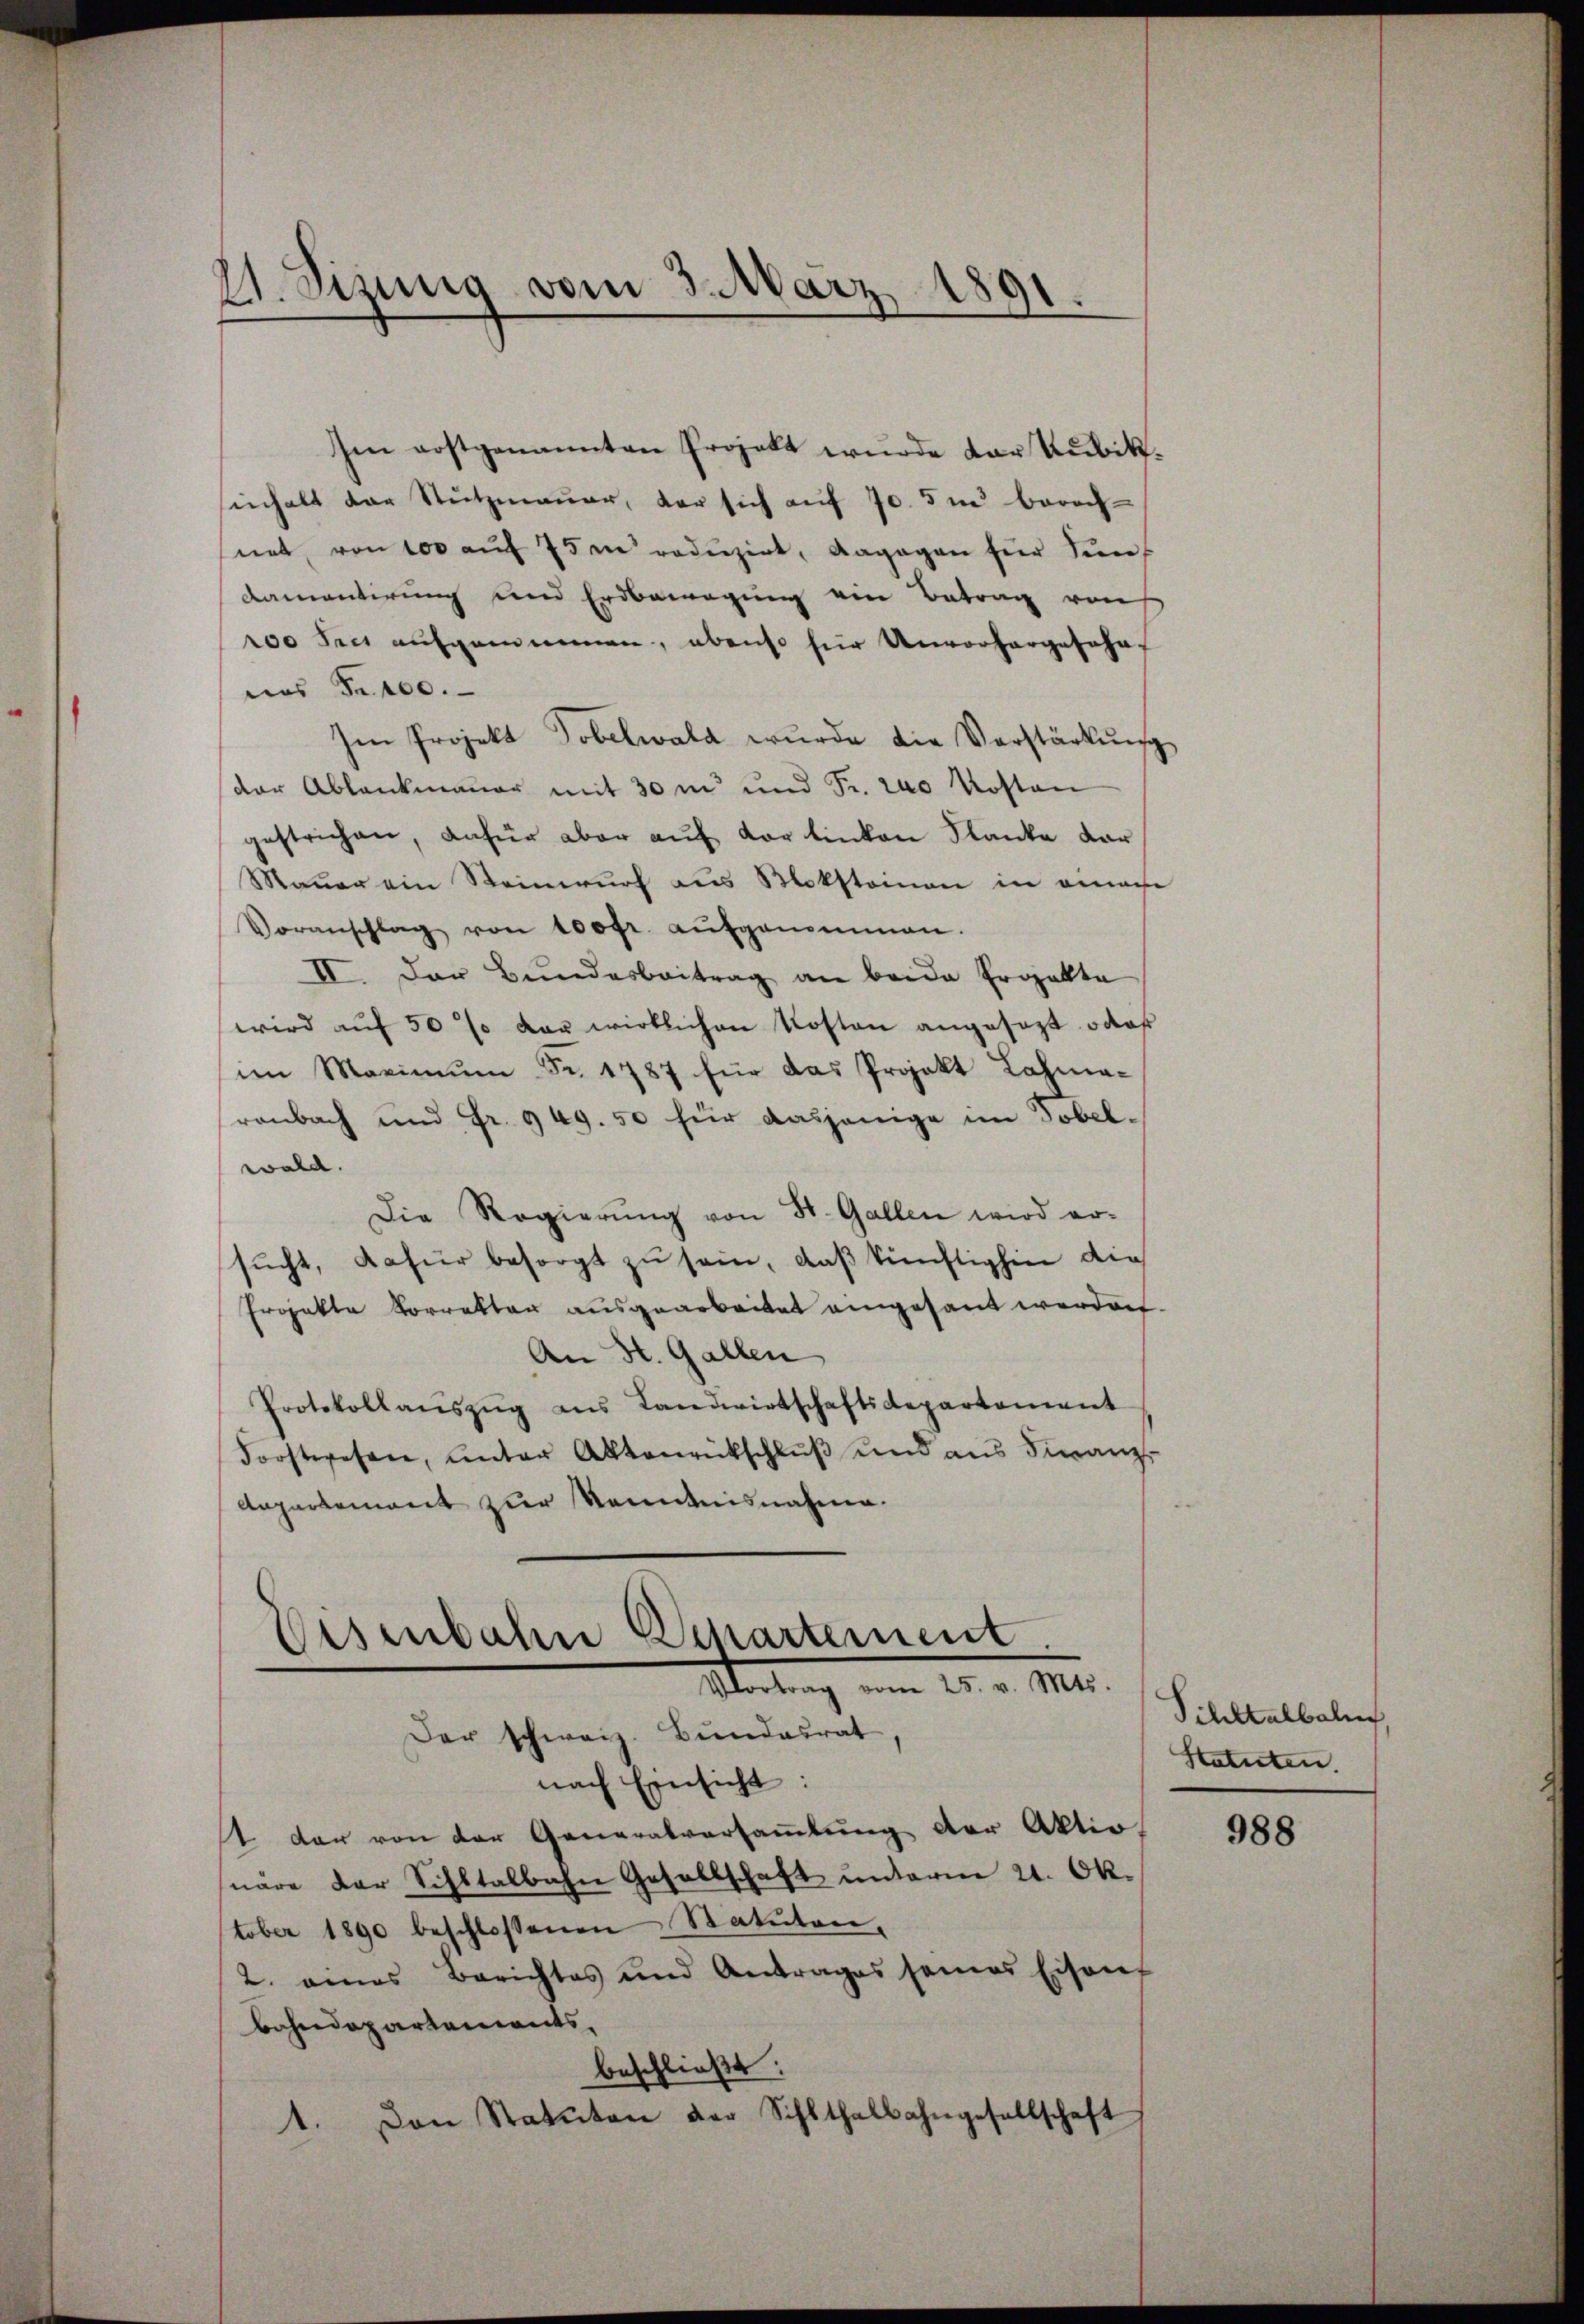
21. Sizung vom 3. März 1891

Im erstgenannten Projekt wurde der Kubiksinhalt der Stŭtzmauer, der sich auf 70. 5 i berech-
net, von 100 auf 75m reduzirt, dagegen für Sin
Aamantirung und Erdbewegung ein Betrag von
200 Frei aufgenommen, ebenso für Unvorhergeschaf
nus Fr. 100.
Im Projekt Tobelwald wurde die Verstärkung
der Ablankmauer mit 30 m und Fr. 200 Kosten
gestrichen, dafür aber aŭf der linken Flanke dar
Mauer ein Steinwurf aus Moksteinen in einahe
Voranschlag von 100fr. aŭfgenommen.
II. Der Bundesbeitrag an beide Ergabte
wird aŭf 50 % der wirklichen Kosten angesezt das
im Maximŭm Fr. 1787 für das Projekt Lahma-
renbach und Fr. 949. 50 für dasjenige im Tobelwald.
Die Regierŭng von St. Gallen wird er-
sŭcht, dafür besorgt zŭ sein, daß künftighin die
Projekte Vorrektor ausgearbeitet eingesant werden.
An St. Gallen
Protokollaŭszŭg ans Landwirtschaftsdepartement
Forstwesen, ŭnter Aktenrückschlŭβ ŭnd ans Finanz-
Anpartement zur Kenntnisnahme.

Wesenbahn Departement
d
e
Vortrag vom 25. v. Mts.

Der schweiz. Bundesrat
nach Einsicht:
t dar von der Generalversaṁlŭng der Aktio
näre der Sihltalbahn Gesellschaft unterm 21. Ok-
tober 1890 beschlossenen Statuten,
2. eines Berichtes und Antrages seines Eisen
Bahndepartements
beschließt:
1. Den Statuten der Schlthalbahngesellschaft

Sihltalbahn,
Statuten.

988